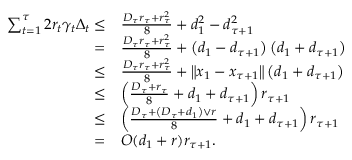
\begin{array} { r l } { \sum _ { t = 1 } ^ { \tau } 2 r _ { t } \gamma _ { t } \Delta _ { t } \leq } & { \frac { D _ { \tau } r _ { \tau } + r _ { \tau } ^ { 2 } } { 8 } + d _ { 1 } ^ { 2 } - d _ { \tau + 1 } ^ { 2 } } \\ { = } & { \frac { D _ { \tau } r _ { \tau } + r _ { \tau } ^ { 2 } } { 8 } + \left( d _ { 1 } - d _ { \tau + 1 } \right) \left( d _ { 1 } + d _ { \tau + 1 } \right) } \\ { \leq } & { \frac { D _ { \tau } r _ { \tau } + r _ { \tau } ^ { 2 } } { 8 } + \left\Vert x _ { 1 } - x _ { \tau + 1 } \right\Vert \left( d _ { 1 } + d _ { \tau + 1 } \right) } \\ { \leq } & { \left( \frac { D _ { \tau } + r _ { \tau } } { 8 } + d _ { 1 } + d _ { \tau + 1 } \right) r _ { \tau + 1 } } \\ { \leq } & { \left( \frac { D _ { \tau } + \left( D _ { \tau } + d _ { 1 } \right) \lor r } { 8 } + d _ { 1 } + d _ { \tau + 1 } \right) r _ { \tau + 1 } } \\ { = } & { O ( d _ { 1 } + r ) r _ { \tau + 1 } . } \end{array}